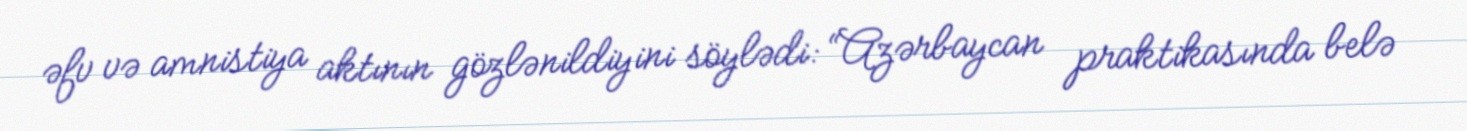
əfv və amnistiya aktının gözlənildiyini söylədi: “Azərbaycan praktikasında belə